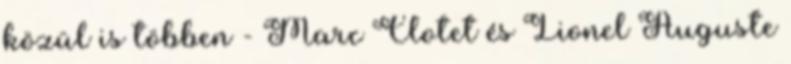
közül is többen - Marc Clotet és Lionel Auguste